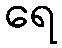
ရေ